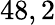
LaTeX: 48,2